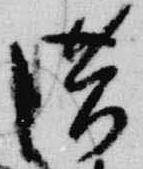
供